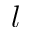
l